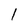
Character: l